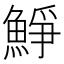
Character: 䱢